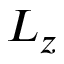
L _ { z }